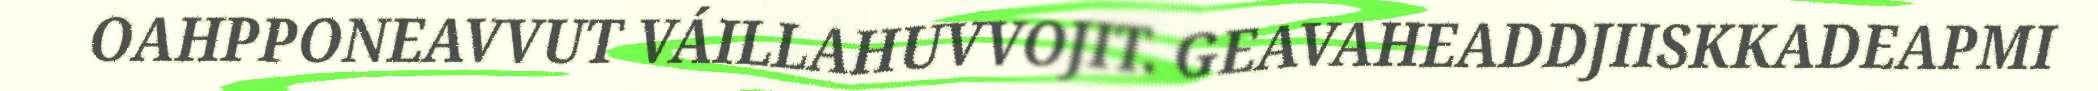
OAHPPONEAVVUT VÁILLAHUVVOJIT. GEAVAHEADDJIISKKADEAPMI